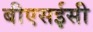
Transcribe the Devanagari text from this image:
बीएसईसी